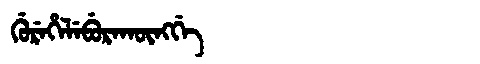
Manchu: ᡤᡠᡵᡝᡥᡝᠯᡝᠪᡠᡵᠠᡴᡡᠩᡤᡝ
Romanization: GUREHELEBURAKŪNGGE